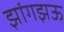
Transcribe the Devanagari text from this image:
झांगझऊ